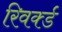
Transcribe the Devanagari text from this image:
रिवर्क्ड